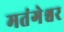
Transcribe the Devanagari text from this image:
मतंगेश्वर